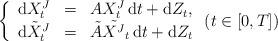
LaTeX: \begin{align*}\left\{\begin{array}{lcl}{\rm d}X^J_t& =& A X^J_t\, {\rm d}t + {\rm d}Z_t,\\ {\rm d}\tilde{X}^J_t &= &\tilde{A} \tilde{X^J}_t\, {\rm d}t + {\rm d}{Z}_t\end{array}\right. (t\in [0,T])\end{align*}